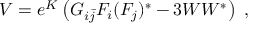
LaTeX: V = e ^ { K } \left( G _ { i { \bar { j } } } F _ { i } ( F _ { j } ) ^ { * } - 3 W W ^ { * } \right) ~ ,